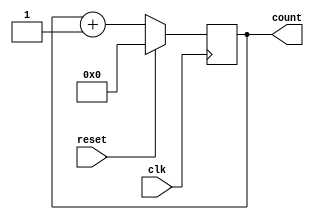
module upcount(clk,reset,count);
   input reset,clk;
   output [4:0]count;
   reg [4:0]count;
   
    
     
   always@(posedge clk)
    begin
     
     if (reset)
       count <= 5'b00000;
     else
       count <= count + 1;
       
    end
 
 endmodule